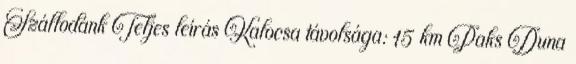
Szállodánk Teljes leírás Kalocsa távolsága: 15 km Paks Duna